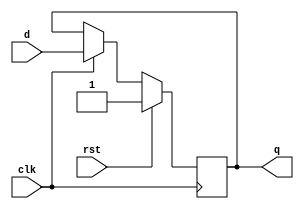
`timescale 1ns / 1ps
//////////////////////////////////////////////////////////////////////////////////
// Company: 
// Engineer: 
// 
// Design Name: 
// Module Name: dff_sr
// Project Name: 
// Target Devices: 
// Tool Versions: 
// Description: 
// 
// Dependencies: 
// 
// Revision:
// Revision 0.01 - File Created
// Additional Comments:
// 
//////////////////////////////////////////////////////////////////////////////////


module dff_sr(q,d,clk,rst);
input d,clk,rst;
output reg q;
always @(posedge clk)
if(rst) q <= 1'b1;
else if (clk) q<=d;
endmodule